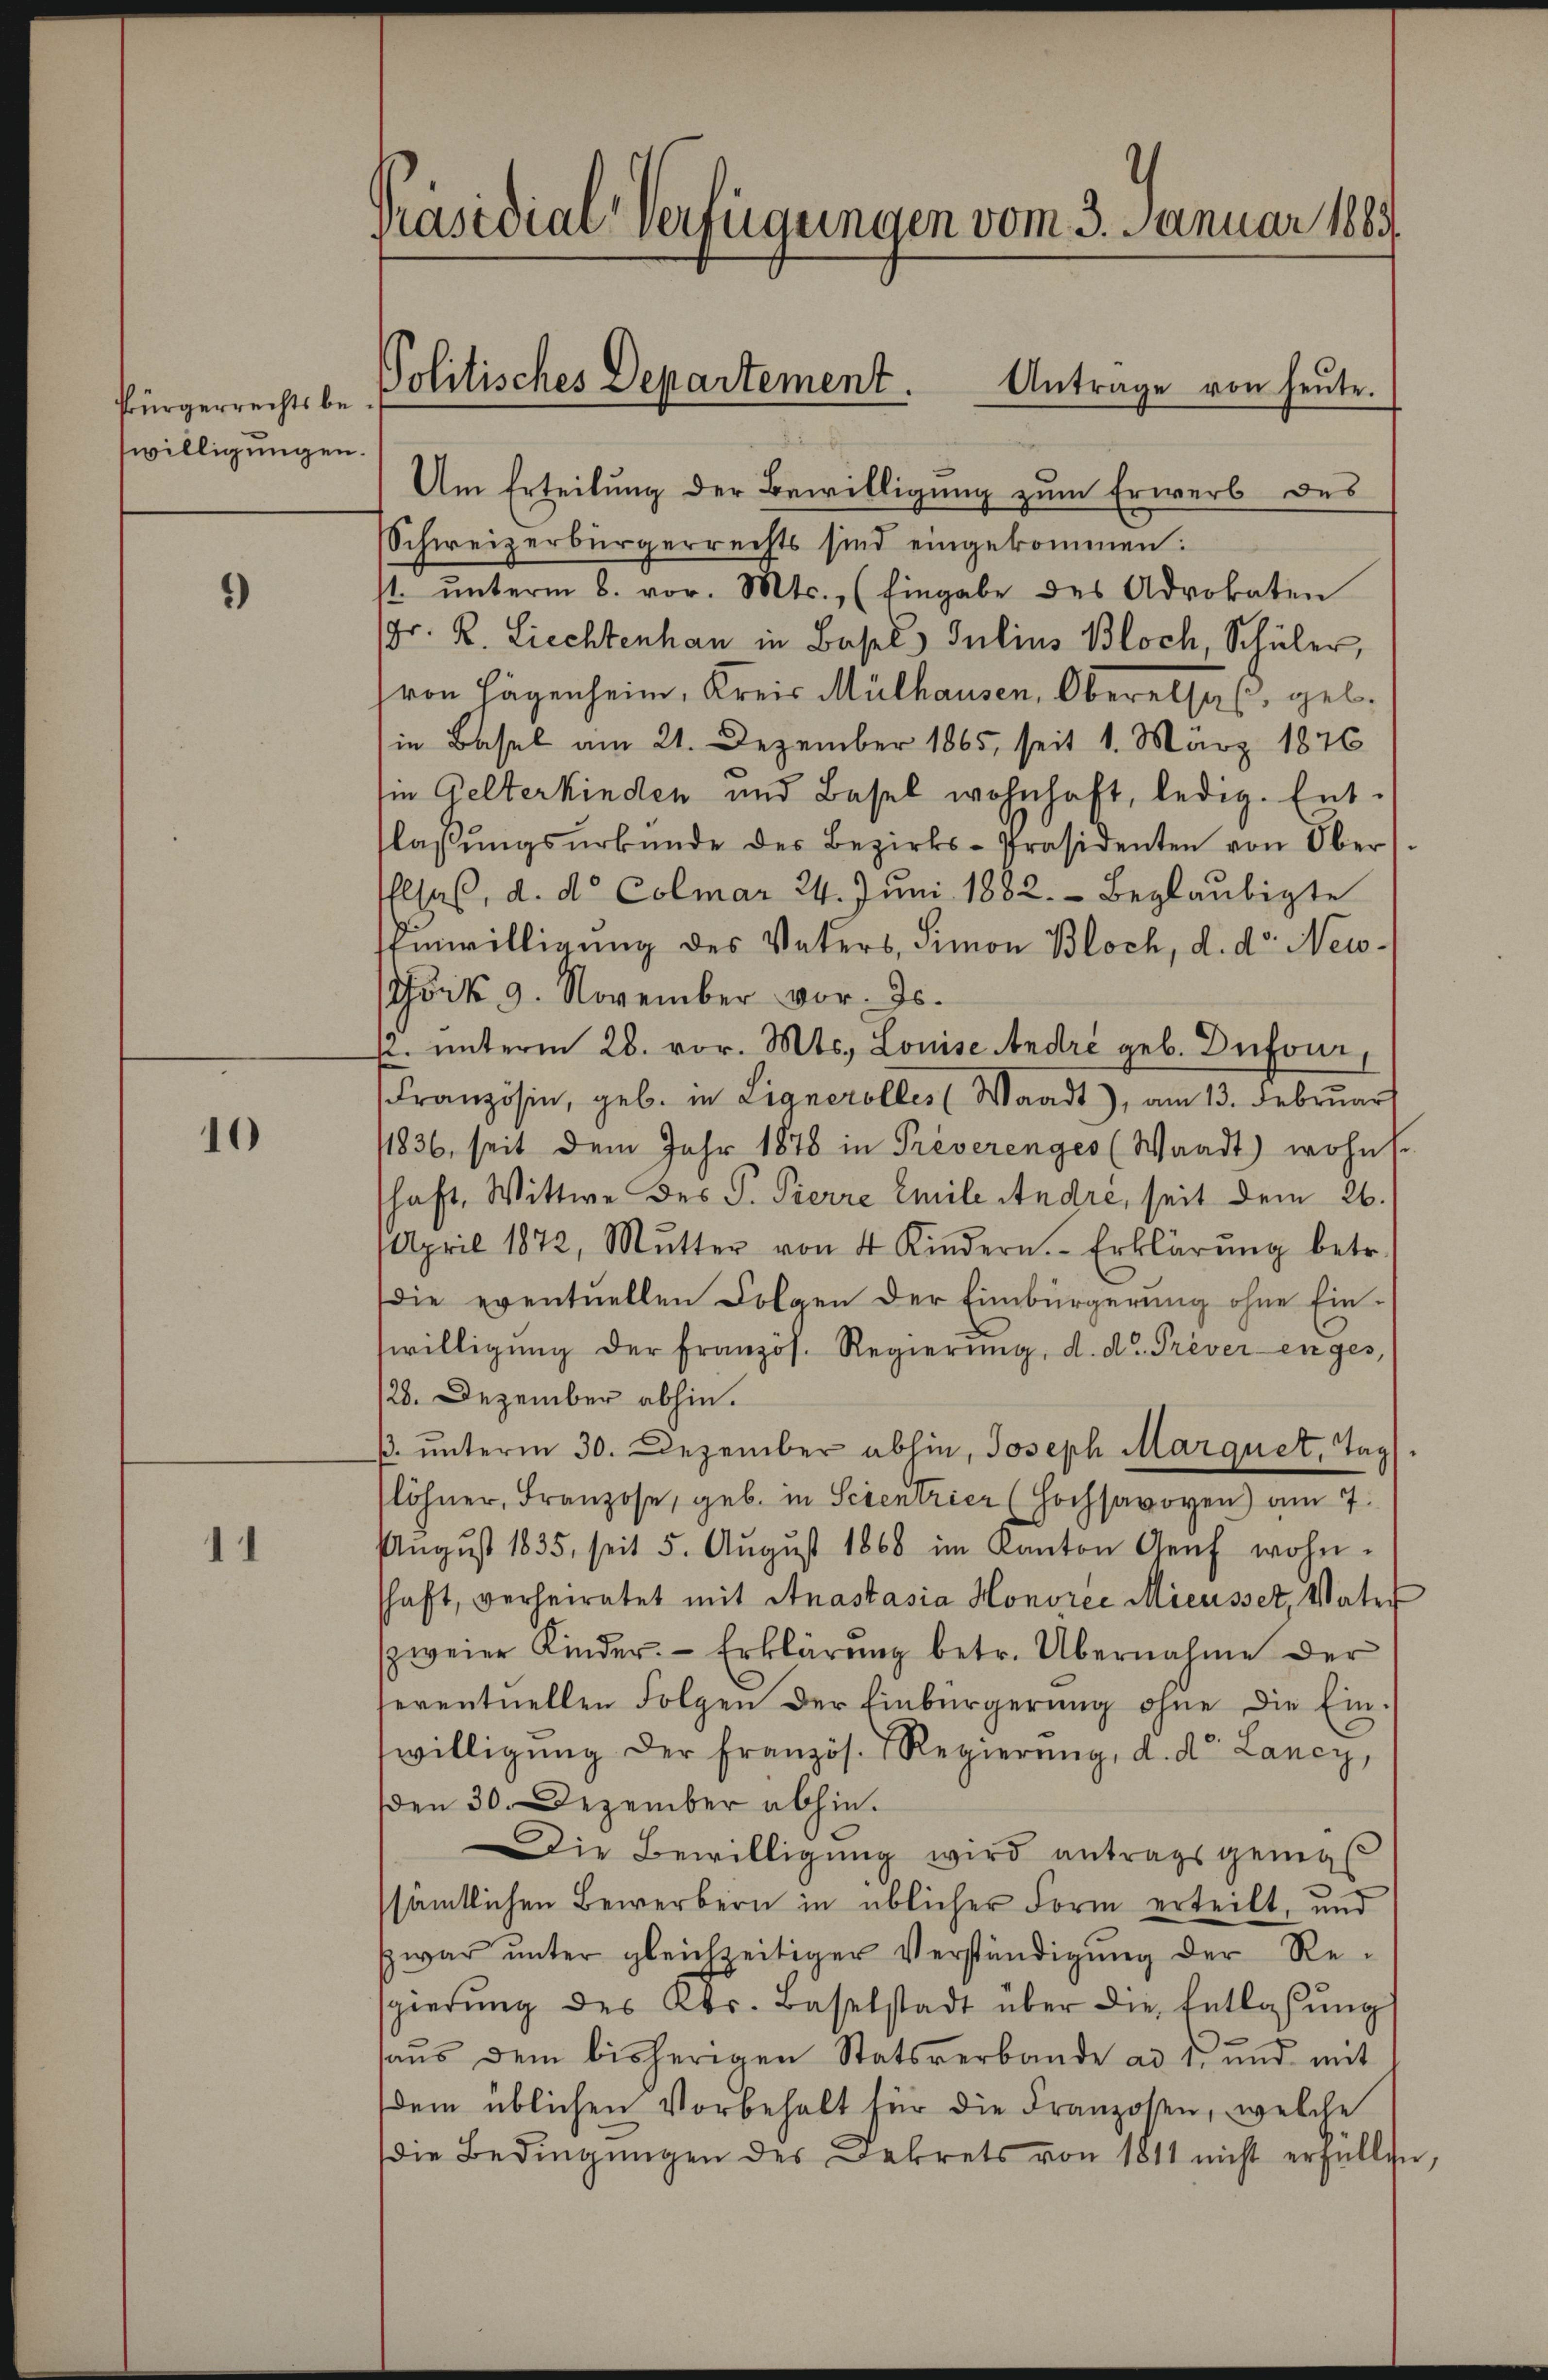
Pürgerrechtsbewilligungen.

1)

10

1

Präsidiar verfügungen vom 3. Januar 1889

Schweizerbürgerrechts sind eingekommen:
st ŭnterm 8. vor. Mts., (Eingabe des Advokaten
Gr. R. Liechtenhau in Basel. Julius Bloch, Schüler,
von Hägenheim, Kreis Mülhausen, Oberalsaß, geb.
in Basel am 21. Dezember 1865, seit 1. März 1876
ie Gelterkinden und Basel wohnhaft, ledig. Ent-
laβŭngsŭrkŭnde der Bezirks-Präsidenten von Ober
Elsaß, d. d. Colmar 24. Juni 1882. Beglaubigte
Einwilligung des Vaters, Simon Bloch, d. d. Neuöck 9. November vor. Js.
s. unterm 28. vor. Mts. Louise André geb. Dufour,
Französin, geb. in Lignerolles (Waadt), am 13. Februar
11836, seit dem Jahr 1878 in Preverenges (Waadt) wohnt.
haft, Wittwe des P. Pierre Emile Andre, seit dem 26.
April 1872, Mutter von 4 Kindern. Erklärŭng betr.
die eventuellen Folgen der Einbürgerung ohne Einwilligŭng der Französ. Regierŭng, d. d. Preverenges,
128. Dezember abhin.
ß. unterm 30. Dezember abhin, Joseph Marquet, Tags
löhner, Franzose, geb. in Scientrier (Hochsavoyen am 7.
August 1835, seit 5. Aŭgŭst 1868 im Kanton Genf wohn-
schaft, verheiratet mit Anastasia Honoree Mieusset, Vater
zweier Kinder. Erklärung betr. Übernahme der
seventuellen Folgen der Einbürgerung ohne die Ein-
willigŭng der Französ. Regierŭng, d. d. Lancy,
den 30. Dezember abhin.
Die Bewilligung wird antrags genügt
sämtlichen Bewerbern in üblicher Form erteilt, und
zwar ŭnter gleichzeitiger Verständigŭng der Re-
sgierŭng des Abs. Baselstadt über die Entlassŭng
aus dem bisherigen Statsverbande ad 1. und mit
dem üblichen Vorbehalt für die Franzosen, welche
die Bedingŭngen des Dekrets von 1811 nicht erfüllen,

Politisches Departement. Antrage von heute.

Am Erteilung der Bewilligung zum Erwerb des